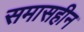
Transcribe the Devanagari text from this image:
समासहीन